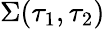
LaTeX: \Sigma(\tau_{1},\tau_{2})